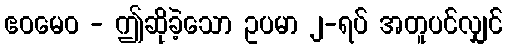
ဧဝမေဝ - ဤဆိုခဲ့သော ဥပမာ ၂-ရပ် အတူပင်လျှင်